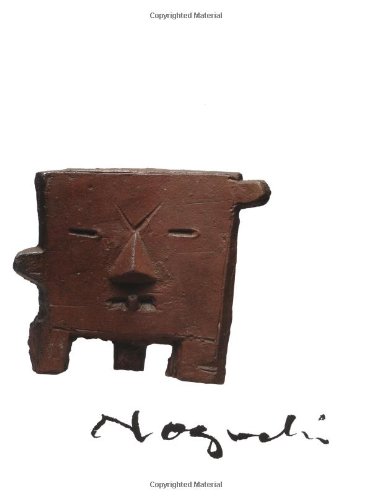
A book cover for Isamu Noguchi and Modern Japanese Ceramics: A Close Embrace of the Earth; Louise Allison Cort; Arts & Photography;